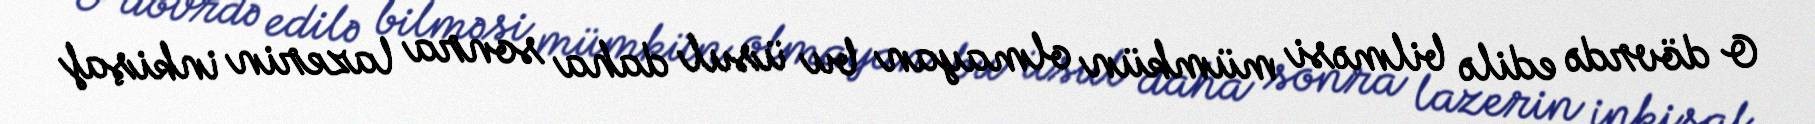
O dövrdə edilə bilməsi mümkün olmayan bu üsul daha sonra lazerin inkişaf